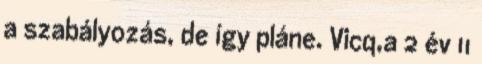
a szabályozás, de így pláne. Vicq,a 2 év 11